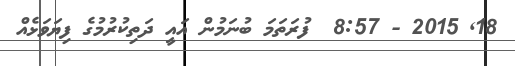
18